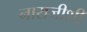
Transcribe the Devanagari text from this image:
नाराजीशी